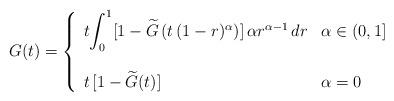
LaTeX: \begin{align*}G(t)=\left\{\begin{array}[c]{ll}t{\displaystyle\int_{0}^{1}}[1-\widetilde{G}\left( t\,(1-r)^{\alpha}\right) ]\,\alpha r^{\alpha-1}\,dr &\alpha\in(0,1]\\& \\t\,[1-\widetilde{G}(t)] & \alpha=0\end{array}\right. \end{align*}